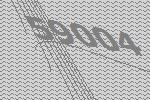
59004